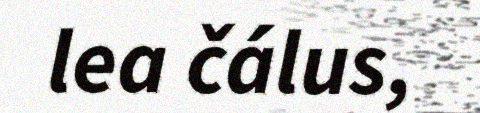
lea čálus,